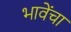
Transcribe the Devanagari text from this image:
भावेंचा